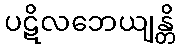
ပဋိလဘေယျန္တိ